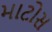
માટોસ